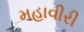
મહાવીરી